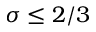
\sigma \leq 2 / 3